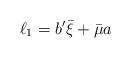
LaTeX: \begin{align*}\ell_1=b^\prime \bar{\xi}+\bar{\mu}a\end{align*}